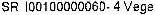
SR I00100000060-4 VEGE